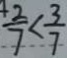
\frac { 2 } { 7 } < \frac { 3 } { 7 }